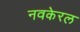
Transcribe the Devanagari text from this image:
नवकेरल